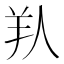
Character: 𦍏